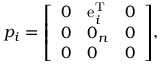
p _ { i } = { \left[ \begin{array} { l l l } { 0 } & { \operatorname { e } _ { i } ^ { \mathrm { T } } } & { 0 } \\ { 0 } & { 0 _ { n } } & { 0 } \\ { 0 } & { 0 } & { 0 } \end{array} \right] } ,